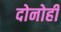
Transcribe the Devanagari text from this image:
दोनोही